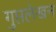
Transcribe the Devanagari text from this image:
गुप्तलेखन